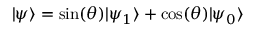
| \psi \rangle = \sin ( \theta ) | \psi _ { 1 } \rangle + \cos ( \theta ) | \psi _ { 0 } \rangle